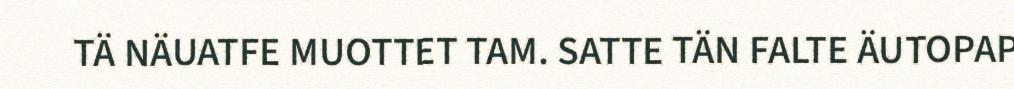
TÄ NÄUATFE MUOTTET TAM. SATTE TÄN FALTE ÄUTOPAP